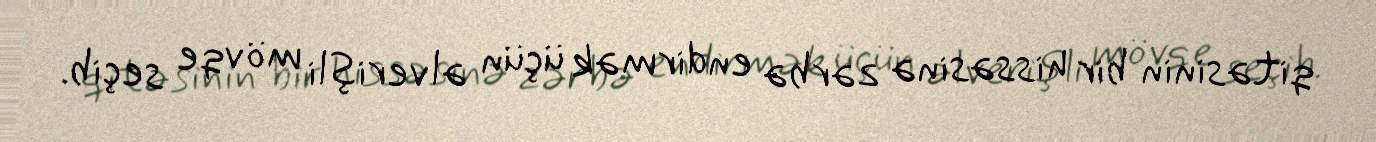
qitəsinin bir hissəsinə zərbə endirmək üçün əlverişli mövqe seçib.